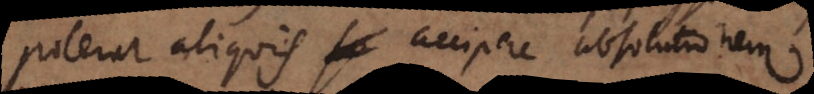
poterat aliquis accipere absolutionem.